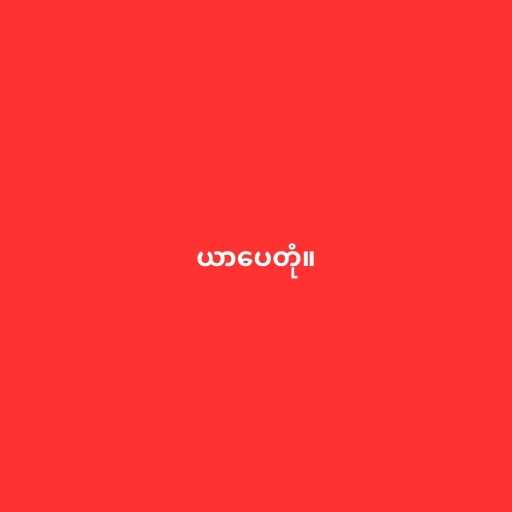
ယာပေတုံ။